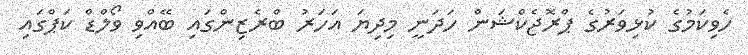
ހެވިކަމުގެ ކުޅިވަރުގެ ޕްރޮޖެކްޝަން ހަދަނީ މިދިޔަ އަހަރު ބްރެޒިންގައި ބޭއްވި ވޯލްޑް ކަޕްގައި